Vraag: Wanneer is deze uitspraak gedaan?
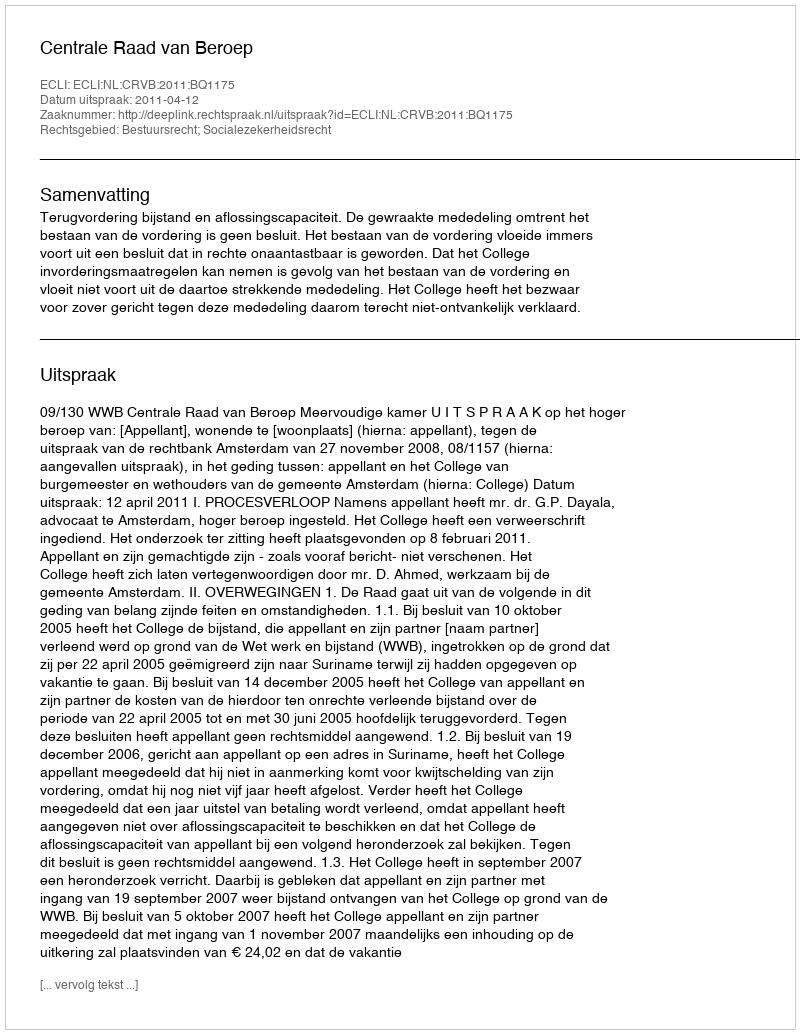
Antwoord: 2011-04-12